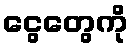
ငွေတွေကို